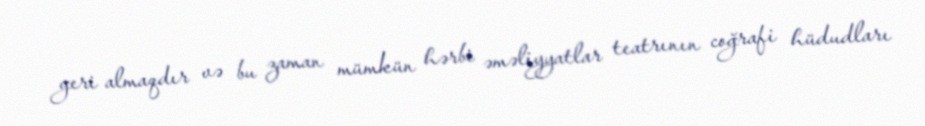
geri almaqdır və bu zaman mümkün hərbi əməliyyatlar teatrının coğrafi hüdudları